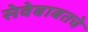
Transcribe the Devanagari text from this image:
सेवेबाबतचे